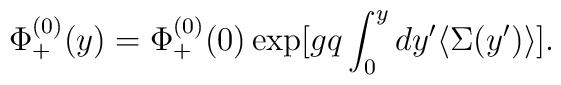
\Phi^{(0)}_{+ }(y) =\Phi^{(0)}_{+ }(0)\exp [gq \int^y_0 dy' \langle \Sigma (y')\rangle ] .